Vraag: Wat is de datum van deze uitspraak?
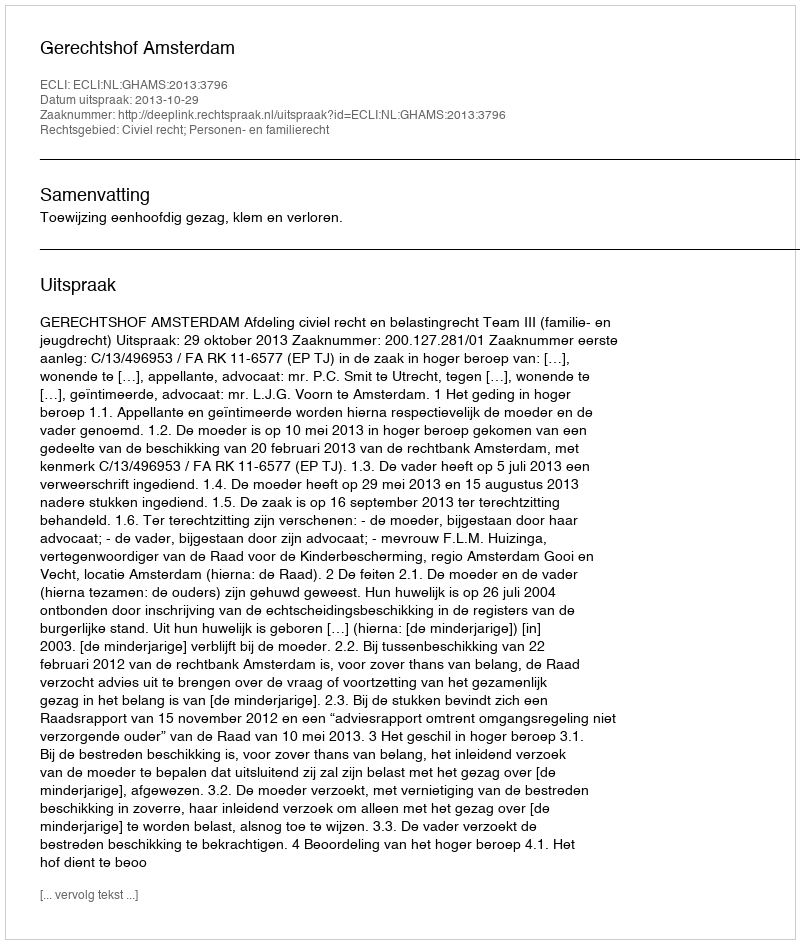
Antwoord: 2013-10-29